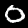
Label: 0